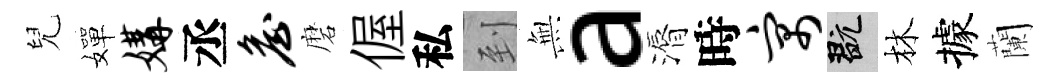
兒嬋媾丞詹磨偓私到𭴾a漘時寓玩林據蘭